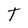
Character: T